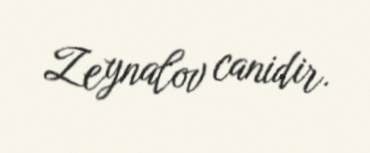
Zeynalov canidir.